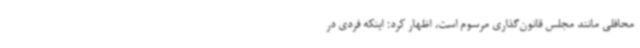
محافلی مانند مجلس قانون‌گذاری مرسوم است، اظهار کرد: اینکه فردی در